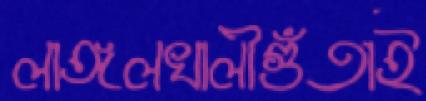
লাঙ্গলখালীগুঁতাই